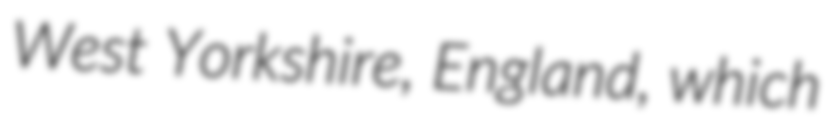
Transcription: West Yorkshire, England, which